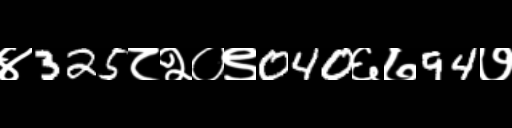
Text: ४325८२०९040६७94७